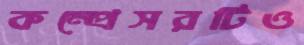
কম্প্রেসরটিও